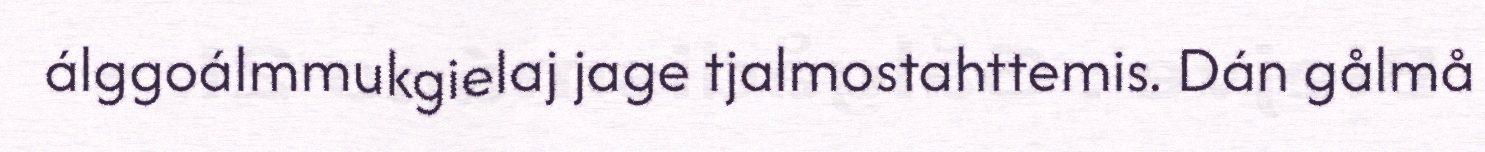
álggoálmmukgielaj jage tjalmostahttemis. Dán gålmå